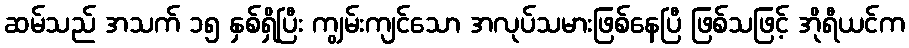
ဆမ်သည် အသက် ၁၅ နှစ်ရှိပြီး ကျွမ်းကျင်သော အလုပ်သမားဖြစ်နေပြီ ဖြစ်သဖြင့် အိုရီယင်က